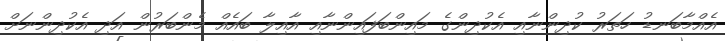
އެއްމާބަނޑު ހަތަރު ކުދިންނާއި އެކުދިންގެ މައިންބަފައިންނާއި އާއިލާ ބައެއް މެންބަރުން އަދި އެކުދިންނަށް